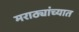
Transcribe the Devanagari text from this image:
मराठ्यांच्यात